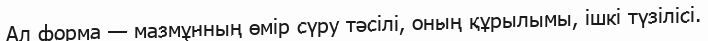
Ал форма — мазмұнның өмір сүру тәсілі, оның құрылымы, ішкі түзілісі.